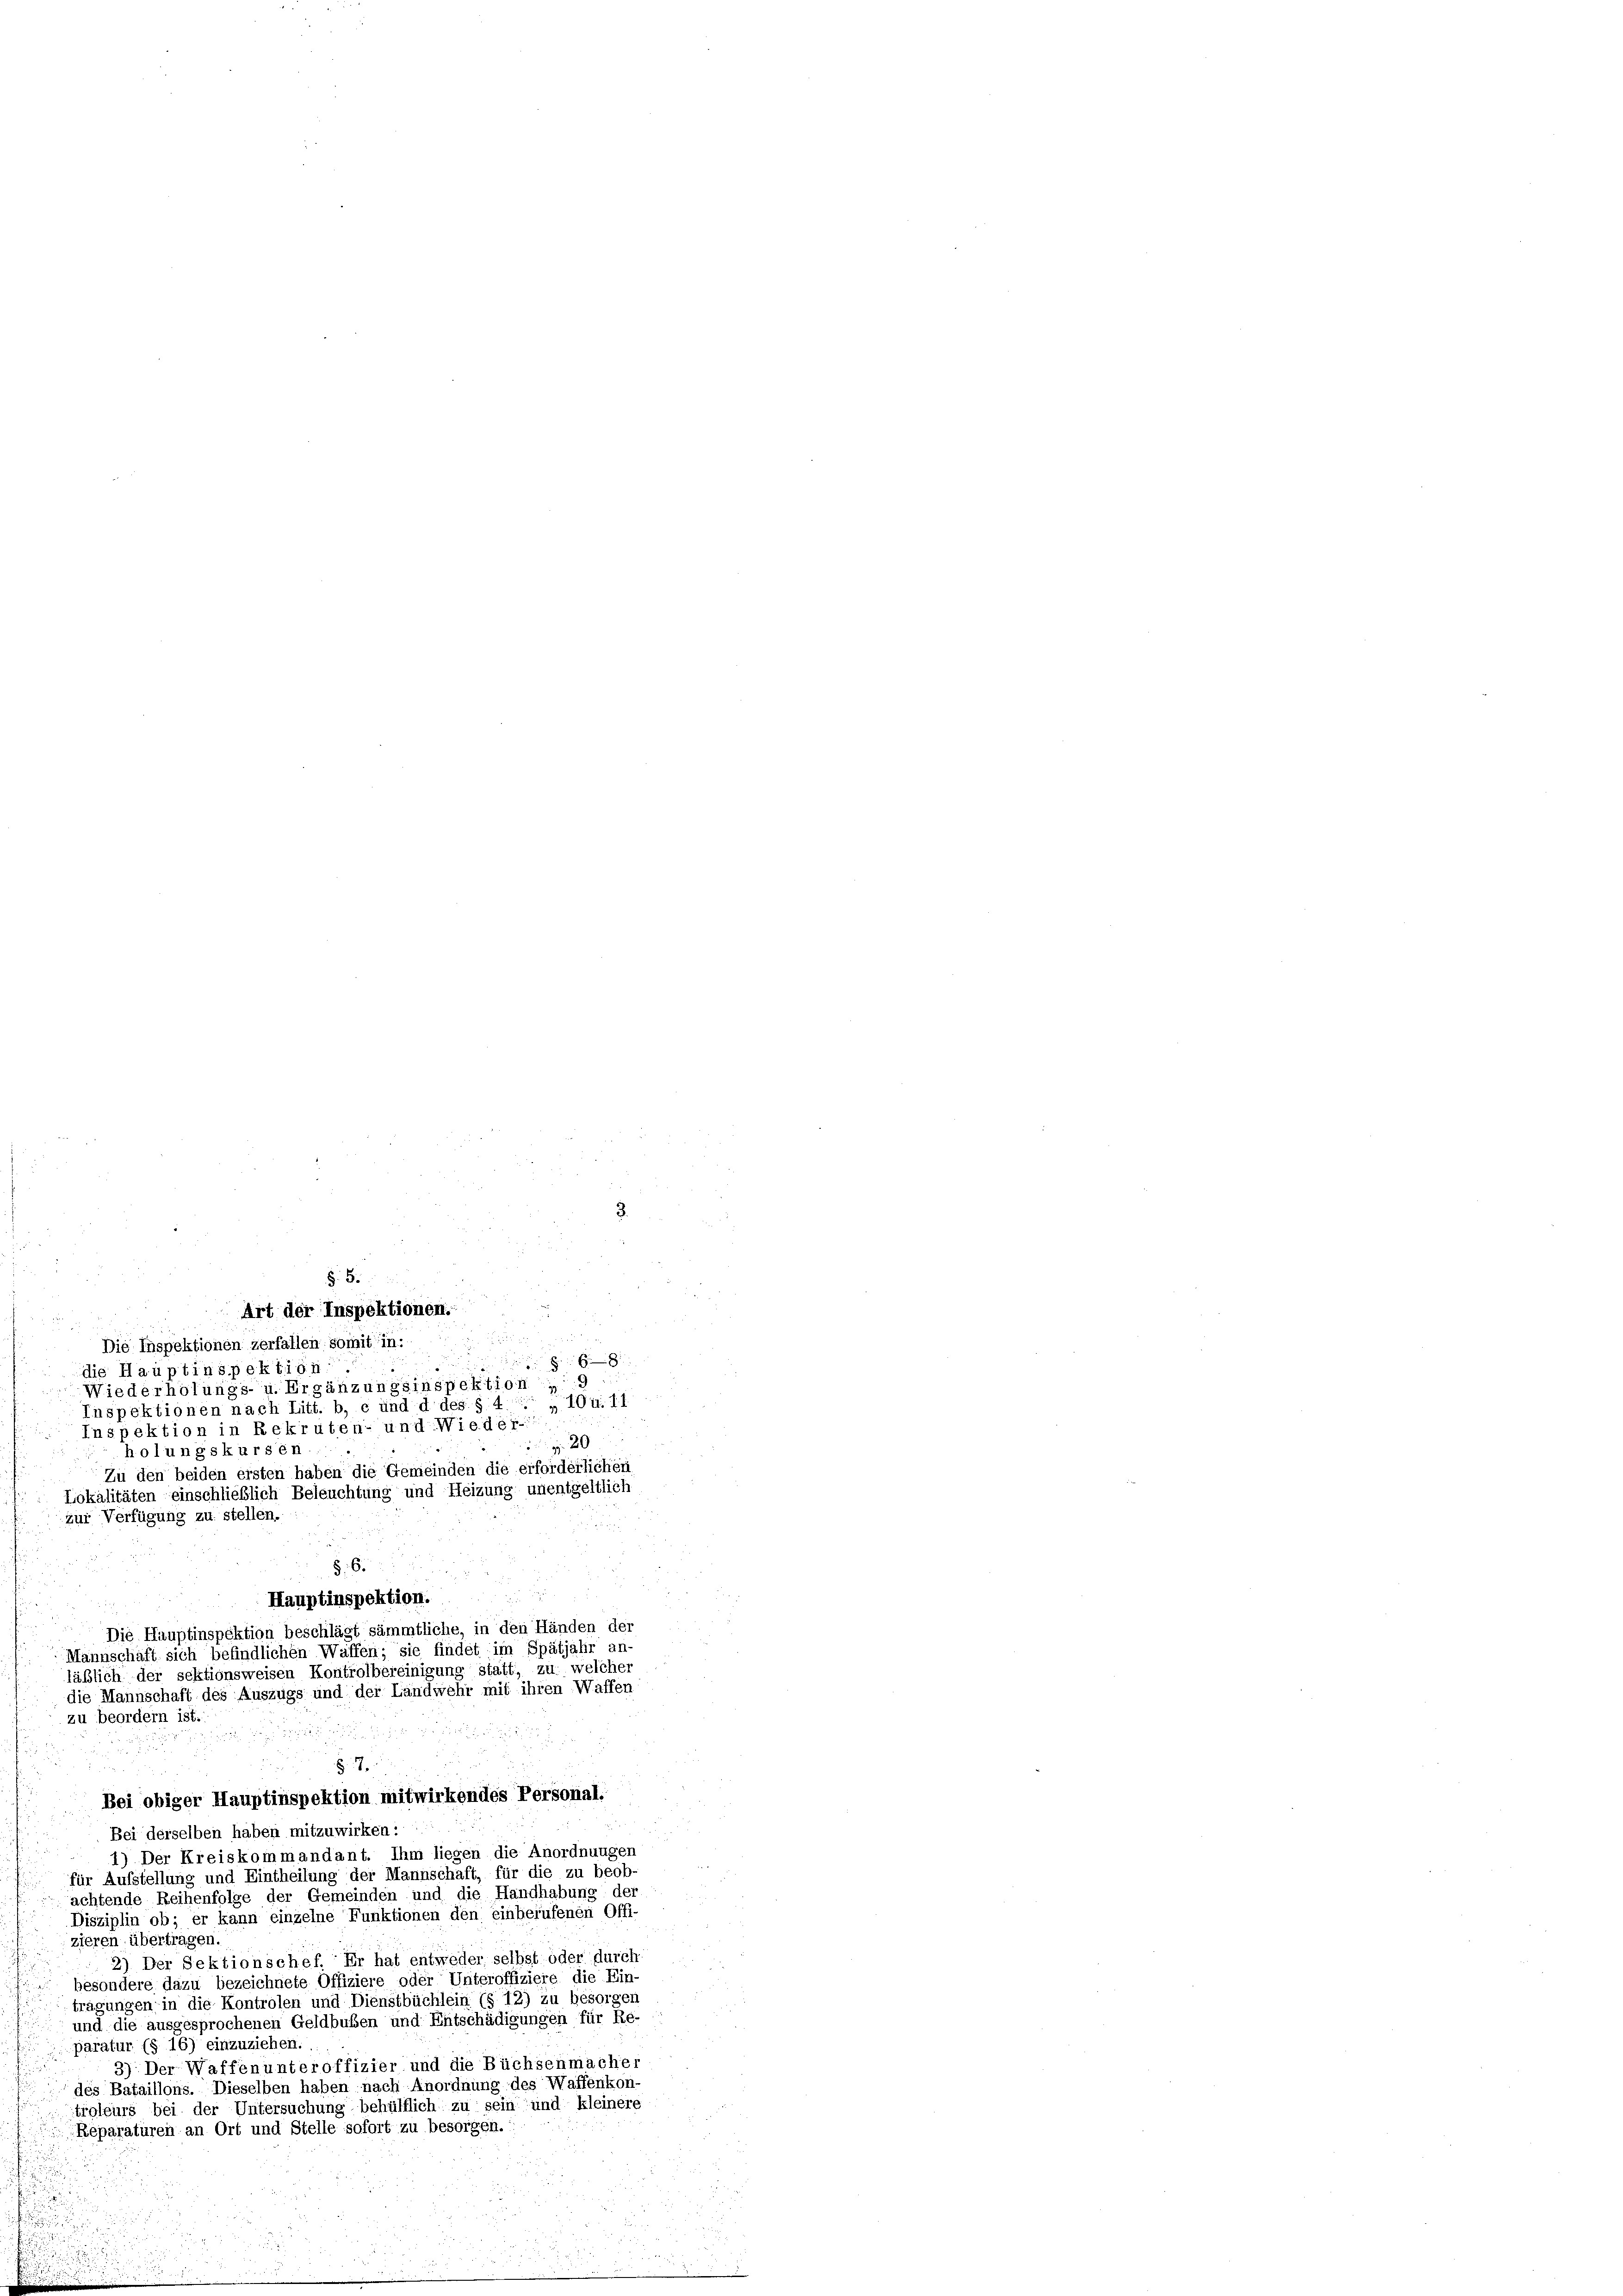
.

zur Verfügung zu stellen.

5.6.
Hauptinspektion.
Die Hauptinspektion beschlägt sämmtliche, in den Händen der
Mannschäft sich befindlichen Waffen; sie findet im Spätjahr an-
läßlich der sektionsweisen Kontrolbereinigung statt, zu welcher
die Mannschaft des Auszugs und der Landwehr mit ihren Waffen
zu beordern ist.

§. 5.

Art der Inspektionen.
1 f 0
Die Inspektionen zerfallen somit in:

8
die Hauptinspektion
Wiederholungs- u. Ergänzungsinspektion, 9.
Inspektionen nach Litt. b, c und d des § 4. „ 10 u. 11
Inspektion in Rekruten- und Wieder-
 20
holungskurs en
Zu den beiden ersten haben die Gemeinden die erforderlichen
Lokalitäten einschließlich Beleuchtung und Heizung unentgeltlich

§. 7.
Bei obiger Hauptinspektion mitwirkendes Personal-
Bei derselben haben mitzuwirken:
1) Der Kreiskommandant. Ihm liegen die Anordnungen
für Aufstellung und Eintheilung der Mannschaft, für die zu beob-
achtende Reihenfolge der Gemeinden und die Handhabung der
Disziplin ob; er kann einzelne Funktionen den einberufenen Offi-
zieren übertragen
2) Der Sektionschef. Er hat entweder selbst oder durch
besondere dazu bezeichnete Offiziere oder Unteroffiziere die Ein-
tragungen in die Kontrolen und Dienstbüchlein (§ 12) zu besorgen
und die ausgesprochenen Geldbußen und Entschädigungen für Re-
paratur (§ 16) einzuziehen.
3) Der Waffen unteroffizier und die Büchsenmacher
des Bataillons. Dieselben haben nach Anordnung des Waffenkon
trgleurs bei der Untersuchung behülflich zu sein und kleinere
Reparaturen an Ort und Stelle sofort zu besorgen.